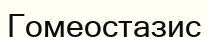
Гомеостазис